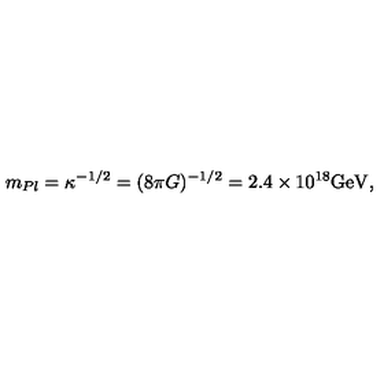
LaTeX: m _ { P l } = \kappa ^ { - 1 / 2 } = ( 8 \pi G ) ^ { - 1 / 2 } = 2 . 4 \times 1 0 ^ { 1 8 } \mathrm { G e V } ,